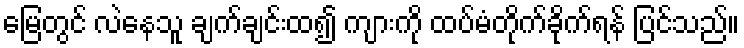
မြေတွင် လဲနေသူ ချက်ချင်းထ၍ ကျားကို ထပ်မံတိုက်ခိုက်ရန် ပြင်သည်။